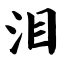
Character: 泪